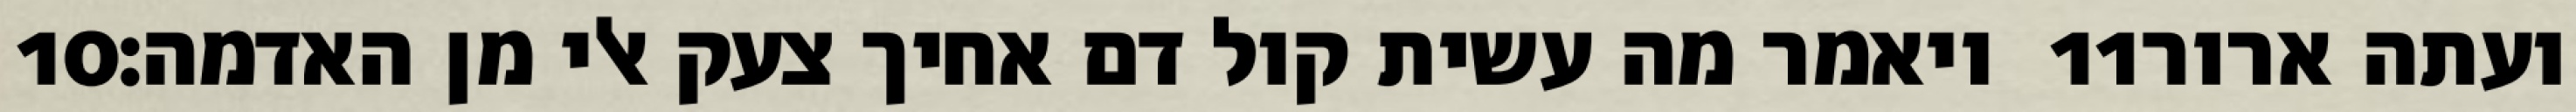
‎10‏ ויאמר מה עשית קול דם אחיך צעק אלי מן האדמה׃ ‎11‏ ועתה ארור